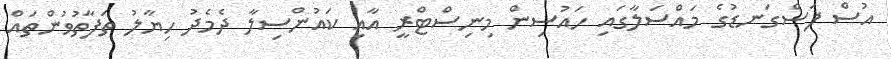
އުސް ފަސްގަނޑުގެ މައްސަލާގައި ހައުސިން މިނިސްޓްރީ އާއި ކައުންސިލާ ދެމެދު ހިޔާލު ތަފާތުވުންތައް